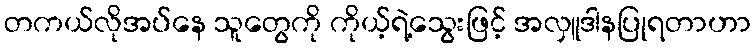
တကယ်လိုအပ်နေ သူတွေကို ကိုယ့်ရဲ့သွေးဖြင့် အလှူဒါနပြုရတာဟာ